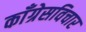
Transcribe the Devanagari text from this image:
काँग्रेसविचार